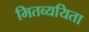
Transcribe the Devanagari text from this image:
मितव्‍ययिता